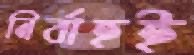
নির্বাহই